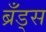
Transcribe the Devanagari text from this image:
ब्रँड्स